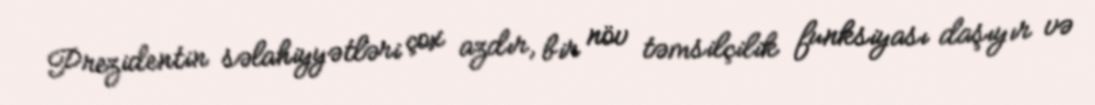
Prezidentin səlahiyyətləri çox azdır, bir növ təmsilçilik funksiyası daşıyır və